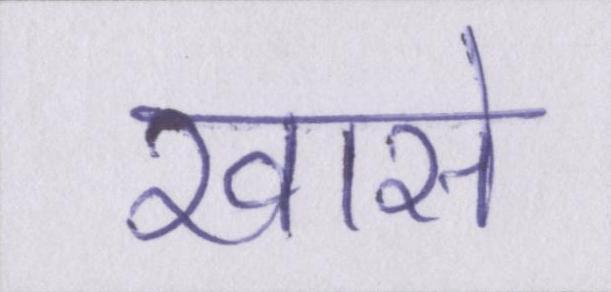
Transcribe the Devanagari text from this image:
खासे